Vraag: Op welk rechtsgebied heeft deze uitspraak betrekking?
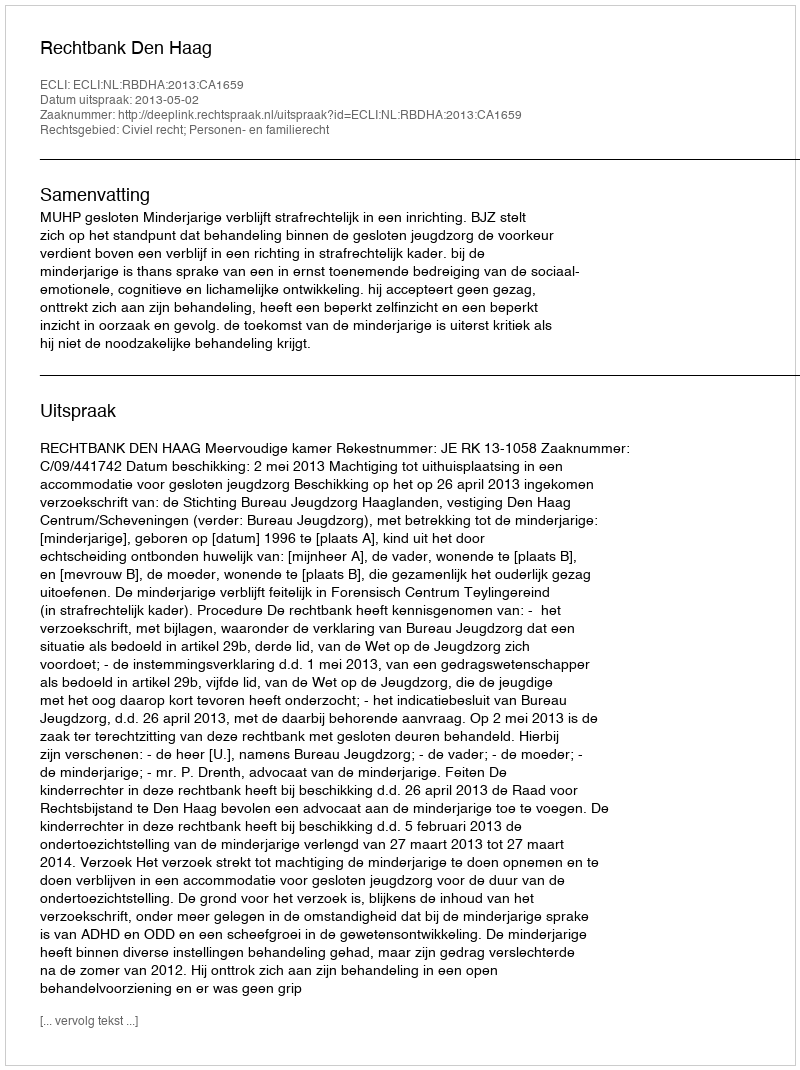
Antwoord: Civiel recht; Personen- en familierecht